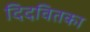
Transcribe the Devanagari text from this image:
दिदवितका